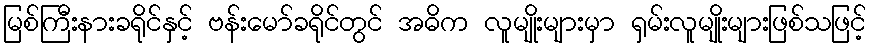
မြစ်ကြီးနားခရိုင်နှင့် ဗန်းမော်ခရိုင်တွင် အဓိက လူမျိုးများမှာ ရှမ်းလူမျိုးများဖြစ်သဖြင့်